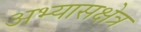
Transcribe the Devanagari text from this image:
अभ्यासक्षेत्र